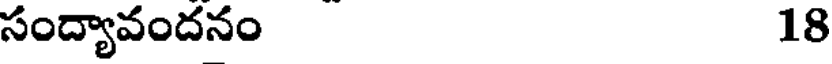
సంద్యావందనం 18